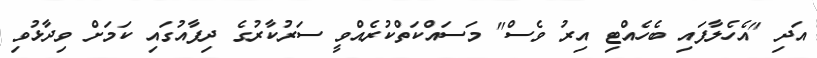
އަދި "އެހެލާފައި ބެހެއްޓި އިރު ވެސް" މަސައްކަތްކުރެއްވީ ސަރުކާރުގެ ދިފާއުގައި ކަމަށް ވިދާޅުވި